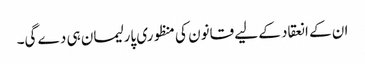
ان کے انعقاد کے لیے قانون کی منظوری پارلیمان ہی دے گی۔